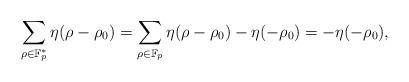
LaTeX: \begin{align*}\sum_{\rho \in \mathbb{F}_p^*} \eta(\rho-\rho_0) =\sum_{\rho \in \mathbb{F}_p} \eta(\rho-\rho_0)-\eta(-\rho_0)=-\eta(-\rho_0),\end{align*}